Scottish Leaving Certificate Examination, 1952
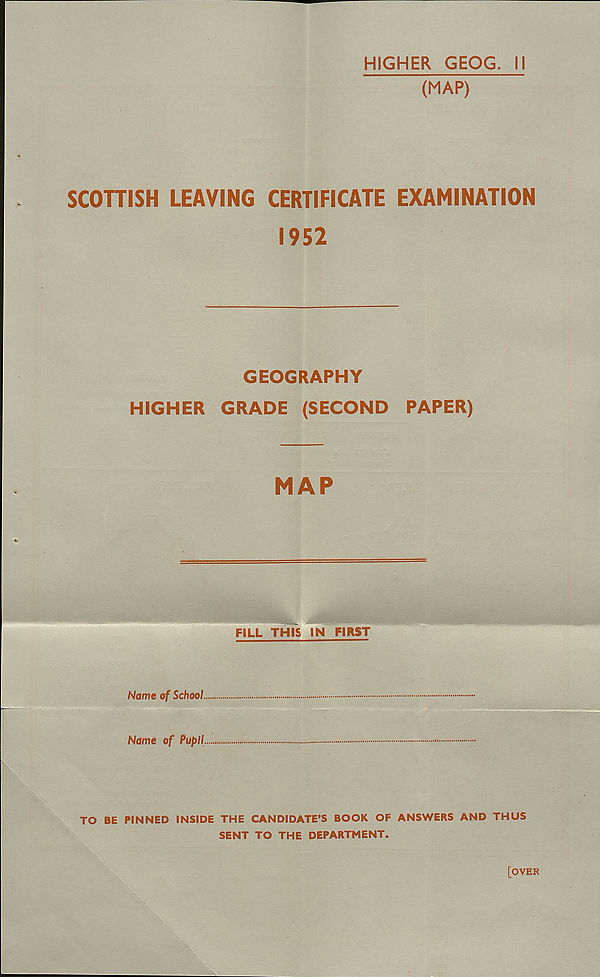
HIGHER GEOG. II
(MAP)
SCOTTISH LEAVING CERTIFICATE EXAMINATION
1952
GEOGRAPHY
HIGHER
GRADE (SECOND
PAPER)
MAP
FILL THIS IN FIRST
Name of School
Name of Pupil
TO BE PINNED INSIDE THE CANDIDATE’S BOOK OF ANSWERS AND THUS
SENT TO THE DEPARTMENT.
[OVER